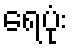
ရေပုံး